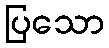
ပြသော